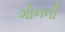
ગોનની